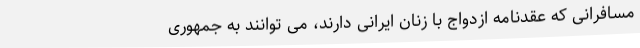
مسافرانی که عقدنامه ازدواج با زنان ایرانی دارند، می توانند به جمهوری